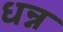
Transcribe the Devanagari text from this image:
धन्न